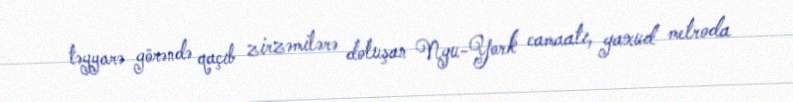
təyyarə görəndə qaçıb zirzəmilərə doluşan Nyu-York camaatı, yaxud metroda